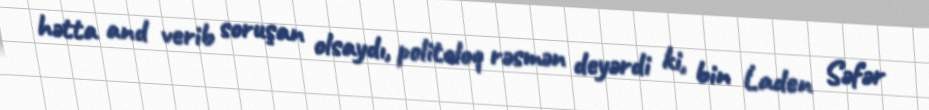
hətta and verib soruşan olsaydı, politoloq rəsmən deyərdi ki, bin Laden Səfər